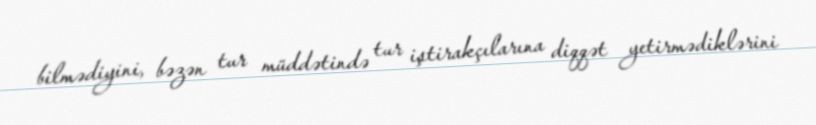
bilmədiyini, bəzən tur müddətində tur iştirakçılarına diqqət yetirmədiklərini